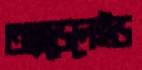
অ্যাডেলেইড